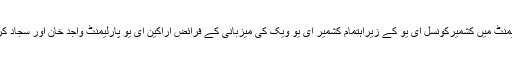
یادرہے کہ یورپی پارلیمنٹ میں کشمیرکونسل ای یو کے زیراہتمام کشمیر ای یو ویک کی میزبانی کے فرائض اراکین ای یو پارلیمنٹ واجد خان اور سجاد کریم انجام دے رہے ہیں۔